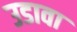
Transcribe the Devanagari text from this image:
उडावा